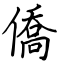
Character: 僑